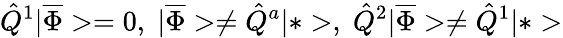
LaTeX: \hat{Q}^{1}|\overline{{\Phi}}>=0,\; |\overline{{\Phi}}>\neq\hat{Q}^{a}|*>,\; \hat{Q}^{2}|\overline{{\Phi}}>\neq\hat{Q}^{1}|*>